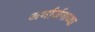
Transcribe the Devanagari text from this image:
अर्थार्जनाच्या